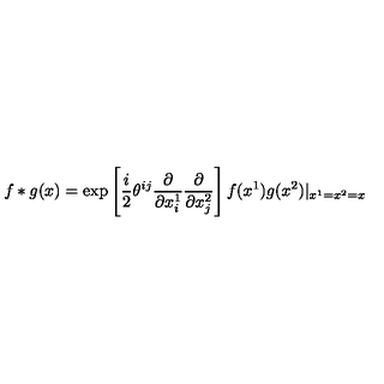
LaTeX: f * g ( x ) = \exp \left[ \frac { i } { 2 } \theta ^ { i j } \frac { \partial } { \partial x _ { i } ^ { 1 } } \frac { \partial } { \partial x _ { j } ^ { 2 } } \right] f ( x ^ { 1 } ) g ( x ^ { 2 } ) | _ { x ^ { 1 } = x ^ { 2 } = x }